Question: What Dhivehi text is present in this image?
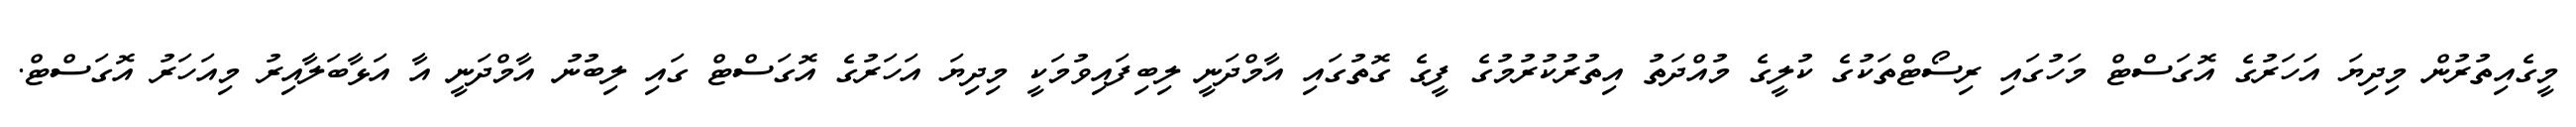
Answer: މީގެއިތުރުން މިދިޔަ އަހަރުގެ އޮގަސްޓް މަހުގައި ރިސޯޓްތަކުގެ ކުލީގެ މުއްދަތު އިތުރުކުރުމުގެ ފީގެ ގޮތުގައި އާމްދަނީ ލިބިފައިވުމަކީ މިދިޔަ އަހަރުގެ އޮގަސްޓް ގައި ލިބުނު އާމްދަނީ އާ އަޅާބަލާއިރު މިއަހަރު އޮގަސްޓް.